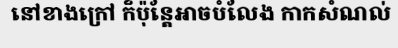
នៅខាងក្រៅ ក៏ប៉ុន្តែអាចបំលែង កាកសំណល់